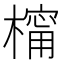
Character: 橣